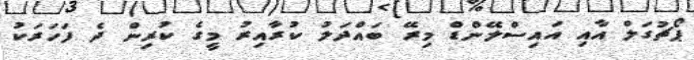
ޕޯޗުގަލް އާއި އައިސްލޭންޑް މިރޭ ބައްދަލު ކުރާއިރު މީގެ ކުރިން ދެ ފަހަރަކު